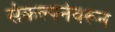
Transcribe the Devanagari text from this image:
संकल्पनेवरून